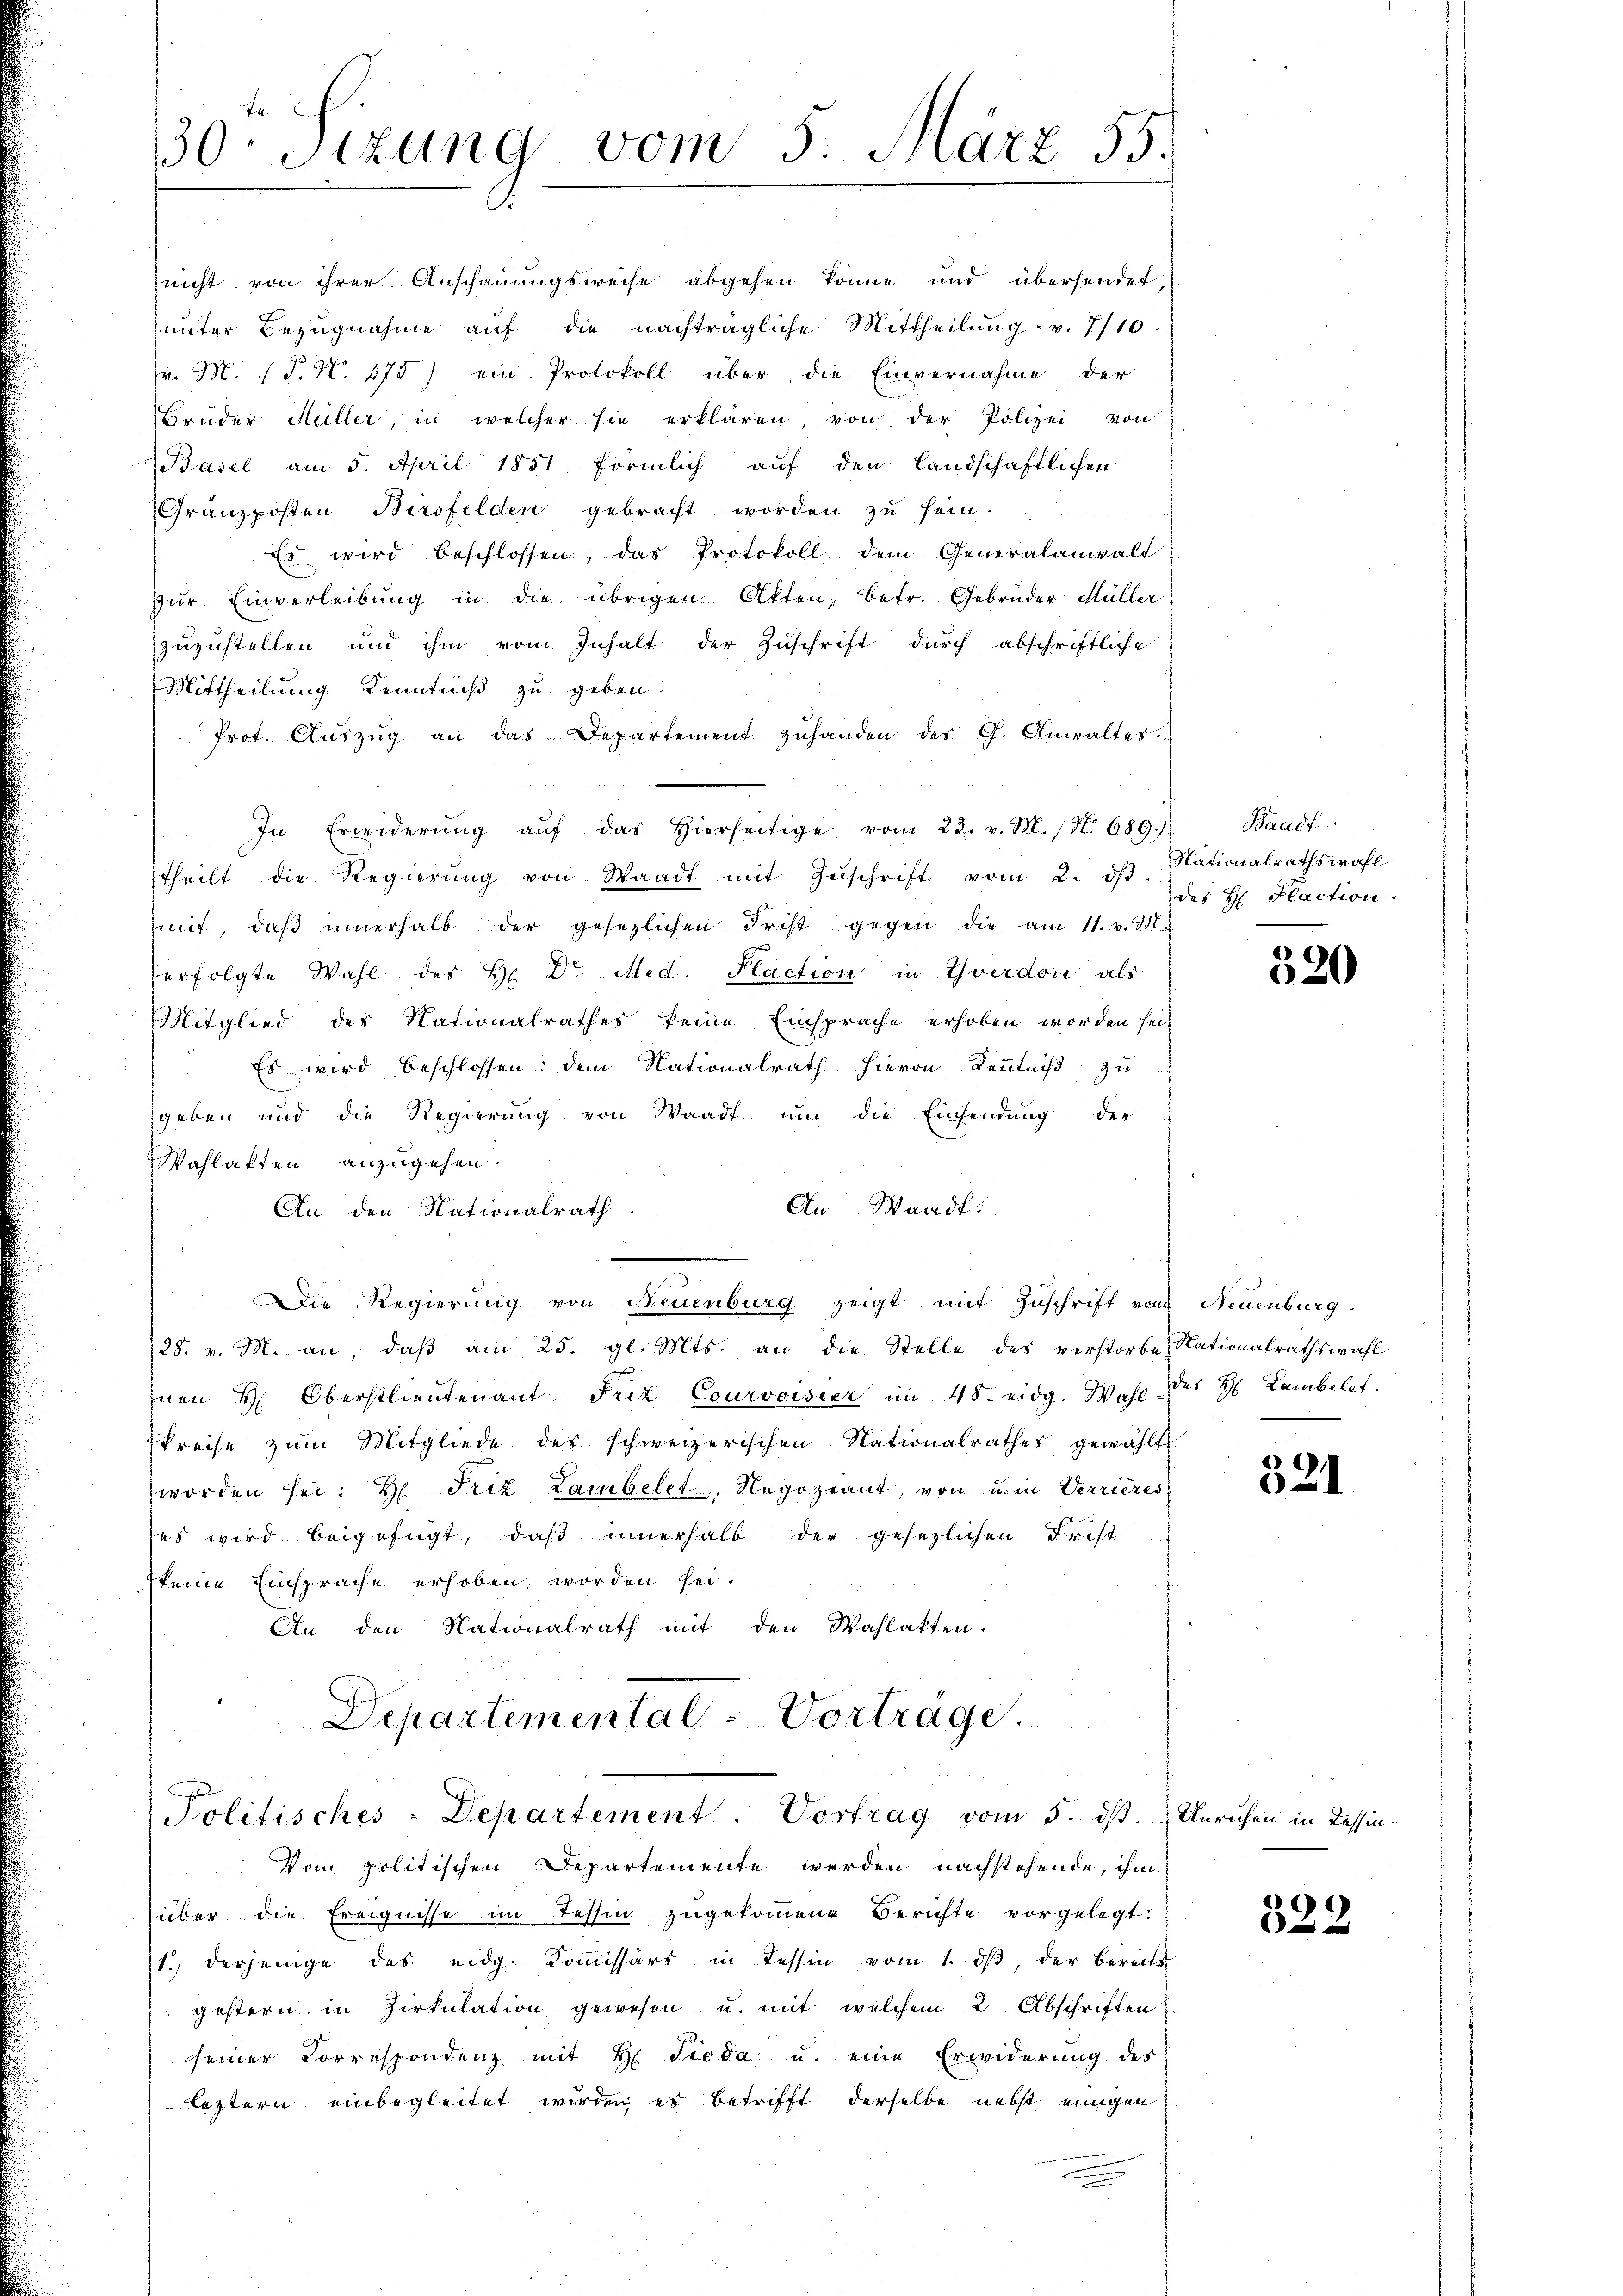
Brüder Hüller, in welcher sie erklären, von der Polizei von
Basel am 5. April 1851 förmlich auf den landschaftlichen
Granzposten Birsfelden gebracht worden zŭ sein.
Es wird beschlossen, das Protokoll dem Generalanwalt
zŭr Einverleibung in die übrigen Akten; betr. Gebrüder Müller
zuzustellen und ihm vom Inhalt der Zuschrift durch abschriftliche
Mittheilung Kenntniß zu geben.
Prot. Aŭszŭg an das Departement zŭhanden der G. Anwaltes.
In Erwiderŭng aŭf das hierseitige vom 23. v. M. (N. 689.)
theilt die Regierŭng von Waadt mit Zŭschrift vom 2. dβ.
mit, daβ innerhalb der gesezlichen Frist gegen die am 11. v. M.
erfolgte Wahl des H. Dr. Med. Plaction in Yverdon als
Mitglied des Nationalrathes keine Einsprache erhoben worden sei,
Es wird beschlossen: dem Nationalrath hievon Kenntniß zu
.
geben und die Regierung von Waadt um die Einsendung der
Wahlakten anzugehen.
An Waadt:
An den Nationalrath
.
Die Regierung von Neuenburg zeigt mit Zŭschrift von Neuenburg.
28. v. M. an, daß am 25. gl. Mts. an die Stelle des verstorbe Nationalrathswahl
nen H. Oberstlieutenant Friz Courvoisier im 48. eidg. Wahl des H. Lambelt.
skreise zum Mitgliede des schweizerischen Nationalrathes gewählt
worden sei. H. Friz Lambelet, Negozeant, von u. in Verrieres
ses wird beigefügt, daβ innerhalb der gesezlichen Frist
keine Einsprache erhoben, worden sei.
An den Nationalrath mit den Wahlakten.

30. Sizung vom 5. März 55.

nicht von ihrer Anschauungsweise abgehen könne und übersendet,
unter Bezugnahme aŭf die nachträgliche Mittheilŭng v. 7/10.
v. M. 1 P. N. 275) ein Protokoll über die Einvernahme der

Departemental-Vorträge.
Politisches-Departement. Vortrag vom 5. dß. Unruhen in Tessin¬
Vom politischen Departemente werden nachstehende, ihm

über die Ereignisse im Tessin zugekommene Berichte vorgelegt:
1.) derjenige des eidg. Koṁissärs in Tessin vom 1. dβ, der bereits
gestern in Zirkŭlation gewesen u. mit welchem 2 Abschriften
seiner Correspondenz mit H. Pioda u. eine Erwiderung des
leztern einbegleitet wurden es betrifft derselbe nebst einigen

Waadt
Nationalrathswahl
des H. Plaction.

520

2
2

323